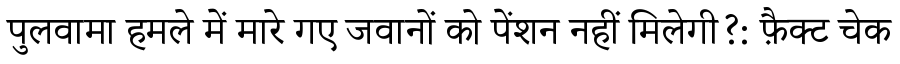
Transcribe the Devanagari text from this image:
पुलवामा हमले में मारे गए जवानों को पेंशन नहीं मिलेगी?: फ़ैक्ट चेक